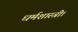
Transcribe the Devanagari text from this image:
धर्मशास्त्री।